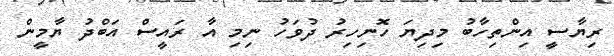
ރިޔާސީ އިންތިހާބު މިދިޔަ ހޮނިހިރު ދުވަހު ނިމި އާ ރައީސް އަބްދު ޔާމީން